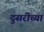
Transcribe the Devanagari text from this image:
दुसरीच्या